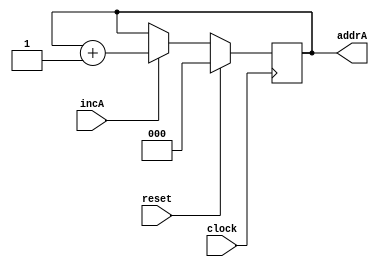
module BitCounter3 (incA, reset, clock, addrA);
  
input incA;
input reset;
input clock;

output [2:0] addrA;
reg [2:0] addrA;
 
  // Set the initial value
initial
  addrA = 3'b00;
 
  // Increment count on clock
always @(posedge clock)
begin
    if (reset == 1'b1)
      addrA <= 3'b000;
    else if (incA == 1'b1)
      addrA = addrA + 3'b001;
 end
endmodule